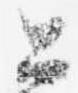
公